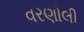
વરણોલી